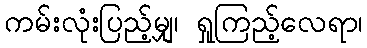
ကမ်းလုံးပြည့်မျှ၊ ရှုကြည့်လေရာ၊